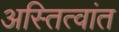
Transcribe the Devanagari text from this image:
अस्तित्वांत